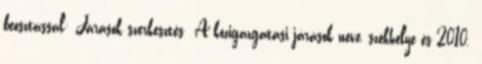
beosztással: Járások szerkesztés A közigazgatási járások neve, székhelye és 2010.